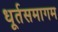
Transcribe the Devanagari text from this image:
धूर्तसमागम